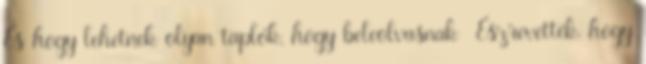
És hogy lehetnek olyan taplók, hogy beleolvasnak Észrevették, hogy